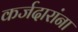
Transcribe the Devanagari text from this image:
कर्जदारांना